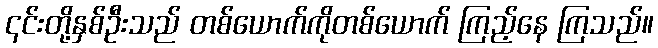
၎င်းတို့နှစ်ဦးသည် တစ်ယောက်ကိုတစ်ယောက် ကြည့်နေ ကြသည်။